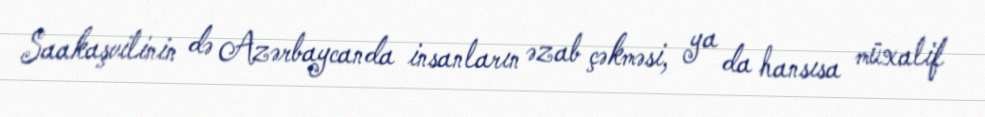
Saakaşvilinin də Azərbaycanda insanların əzab çəkməsi, ya da hansısa müxalif